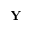
\mathbf { Y }